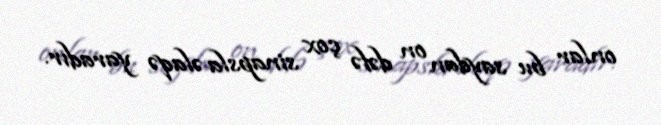
onlar bu saydan on dəfə çox sinapsla əlaqə yaradır.